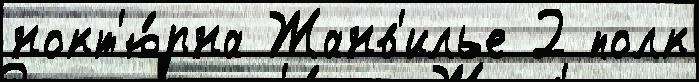
нокт'ю́рна Жанв'илье 2 полк